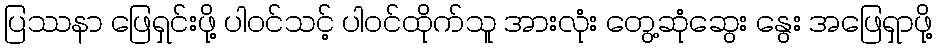
ပြဿနာ ဖြေရှင်းဖို့ ပါဝင်သင့် ပါဝင်ထိုက်သူ အားလုံး တွေ့ဆုံဆွေး နွေး အဖြေရှာဖို့